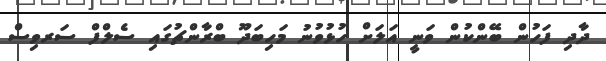
ދާދި ފަހުން ބޭންކުން ވަނީ އަލަށް ހުޅުވުނު މަހިބަދޫ ބްރާންޗުގައި ސެލްފް ސަރވިސް